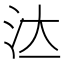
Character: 𣲔